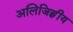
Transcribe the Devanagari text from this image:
अलिजिह्वीय